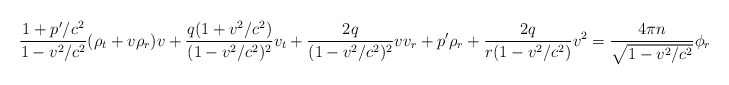
\begin{align*}\displaystyle\frac{1+{p}^{\prime}/c^{2}}{1-v^{2}/c^{2}}(\rho_{t}+v\rho_{r})v+\frac{q(1+v^{2}/c^{2})}{(1-v^{2}/c^{2})^{2}}v_{t}+\frac{2q}{(1-v^{2}/c^{2})^{2}}vv_{r}+{p}^{\prime}\rho_{r}+\frac{2q}{r(1-v^{2}/c^{2})}v^{2}=\frac{4\pi n}{\sqrt{1-v^{2}/c^{2}}}\phi_{r} \end{align*}